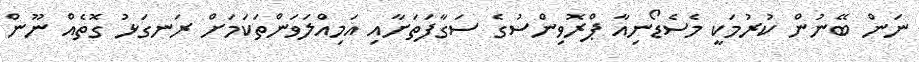
ނަން ބޭނުން ކުރުމަކީ މެސެޑޯނިއާ ޕްރޮވިންސުގެ ސަގާފަތަށާއި އަމިއްލަވަންތަކަމަށް ރަނގަޅު ގޮތެއް ނޫން